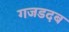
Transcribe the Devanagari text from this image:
गजडदब